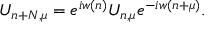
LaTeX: U _ { n + N , \mu } = e ^ { i w ( n ) } U _ { n , \mu } e ^ { - i w ( n + \mu ) } .